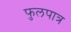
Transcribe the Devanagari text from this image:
फुलपात्र